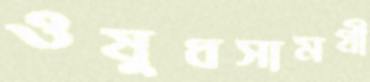
ওষুধসামগ্রী